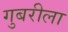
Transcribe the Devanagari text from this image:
गुबरीला